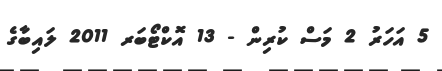
5 އަހަރު 2 މަސް ކުރިން - 13 އޮކްޓޯބަރ 2011 ލައިބާގެ